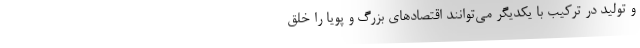
و تولید در ترکیب با یکدیگر می‌توانند اقتصادهای بزرگ و پویا را خلق